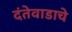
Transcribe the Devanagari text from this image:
दंतेवाडाचे